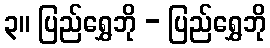
၃။ ပြည်ရွှေဘို - ပြည်ရွှေဘို